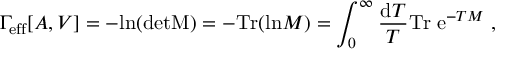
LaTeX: \Gamma _ { \mathrm { e f f } } [ A , V ] = - \mathrm { l n } ( \mathrm { d e t M } ) = - \mathrm { T r } ( \mathrm { l n } M ) = \int _ { 0 } ^ { \infty } { \frac { \mathrm { d } T } { T } } \mathrm { T r } \; \mathrm { e } ^ { - T M } \; ,